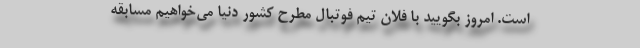
است. امروز بگویید با فلان تیم فوتبال مطرح کشور دنیا می‌خواهیم مسابقه